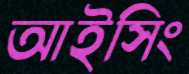
আইসিং